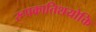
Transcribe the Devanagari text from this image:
रूपकातिशयोक्ति